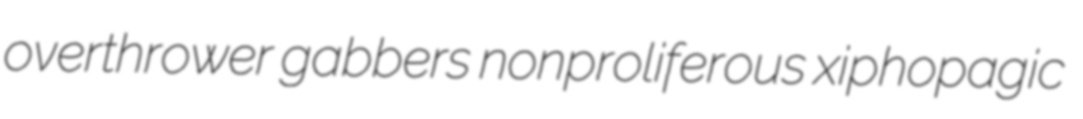
overthrower gabbers nonproliferous xiphopagic